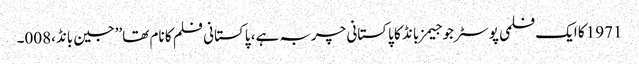
1971 کا ایک فلمی پوسٹر جو جیمز بانڈ کا پاکستانی چربہ ہے، پاکستانی فلم کا نام تھا’’جین بانڈ،008۔